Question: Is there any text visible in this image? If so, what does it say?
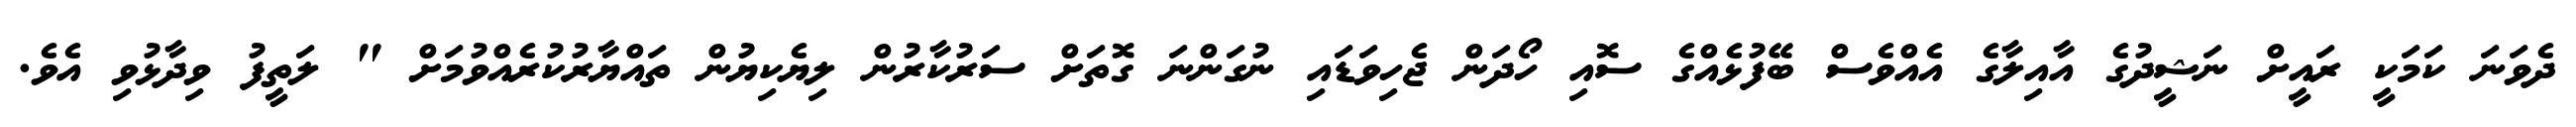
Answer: ދެވަނަ ކަމަކީ ރައީށް ނަޝީދުގެ އާއިލާގެ އެއްވެސް ބޭފުޅެއްގެ ސޮއި ހޯދަން ޖެހިވަޑައި ނުގަންނަ ގޮތަށް ސަރުކާރުން ލިޔެކިޔުން ތައްޔާރުކުރެއްވުމަށް " ލަތީފު ވިދާޅުވި އެވެ.